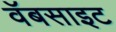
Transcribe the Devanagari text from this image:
वॅबसाइट